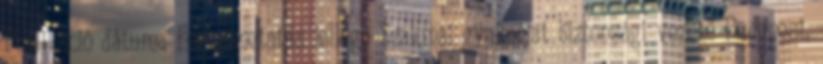
Publikáció dátuma Foglalkoztatás jellege Szakmai gyakorlat biztonsági vezető Budapest,